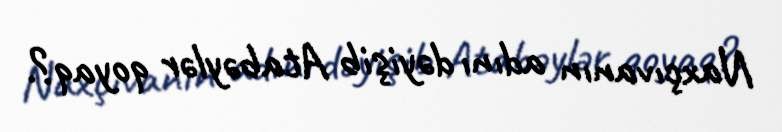
Naxçıvanın adını dəyişib Atabəylər qoyaq?.